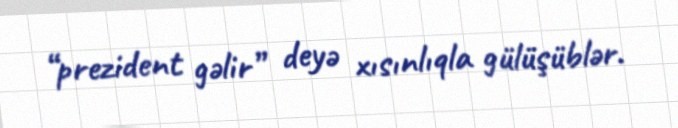
“prezident gəlir” deyə xısınlıqla gülüşüblər.